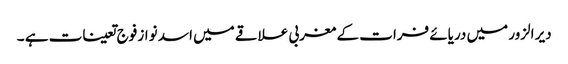
دیر الزور میں دریائے فرات کے مغربی علاقے میں اسد نواز فوج تعینات ہے ۔